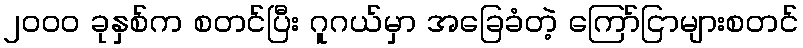
၂၀၀၀ ခုနှစ်က စတင်ပြီး ဂူဂယ်မှာ အခြေခံတဲ့ ကြော်ငြာများစတင်